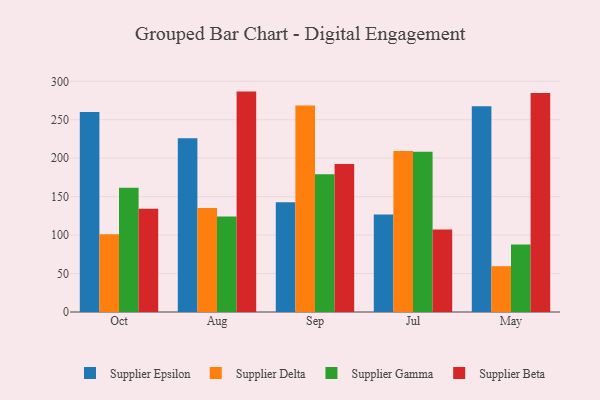
{"axis": {"x": "Month", "y": "Revenue (USD Million)"}, "legend": ["Supplier Beta", "Supplier Delta", "Supplier Epsilon", "Supplier Gamma"], "data": [{"x": "Oct", "y": 260.1, "type": "Supplier Epsilon"}, {"x": "Oct", "y": 101.0, "type": "Supplier Delta"}, {"x": "Oct", "y": 161.7, "type": "Supplier Gamma"}, {"x": "Oct", "y": 134.3, "type": "Supplier Beta"}, {"x": "Aug", "y": 226.0, "type": "Supplier Epsilon"}, {"x": "Aug", "y": 135.2, "type": "Supplier Delta"}, {"x": "Aug", "y": 124.3, "type": "Supplier Gamma"}, {"x": "Aug", "y": 286.6, "type": "Supplier Beta"}, {"x": "Sep", "y": 142.6, "type": "Supplier Epsilon"}, {"x": "Sep", "y": 268.6, "type": "Supplier Delta"}, {"x": "Sep", "y": 179.0, "type": "Supplier Gamma"}, {"x": "Sep", "y": 192.6, "type": "Supplier Beta"}, {"x": "Jul", "y": 126.8, "type": "Supplier Epsilon"}, {"x": "Jul", "y": 209.5, "type": "Supplier Delta"}, {"x": "Jul", "y": 208.3, "type": "Supplier Gamma"}, {"x": "Jul", "y": 107.3, "type": "Supplier Beta"}, {"x": "May", "y": 267.7, "type": "Supplier Epsilon"}, {"x": "May", "y": 59.6, "type": "Supplier Delta"}, {"x": "May", "y": 87.8, "type": "Supplier Gamma"}, {"x": "May", "y": 284.9, "type": "Supplier Beta"}]}